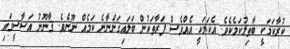
ކުރާކަމަކީ ބާޠިލުކަމެކެވެ. އެކަމަކީ އެއްވެސް ފަރާތަކުން ބަލައިގަންނާނެ ކަމެއް ނޫނެވެ. ޤާނޫނު އަސާސީގައި